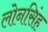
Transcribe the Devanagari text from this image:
लोनसिंह